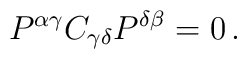
P^{\alpha\gamma} C_{\gamma\delta} P^{\delta\beta} = 0 \, .